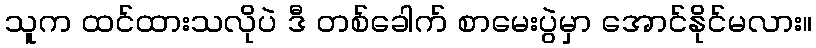
သူက ထင်ထားသလိုပဲ ဒီ တစ်ခေါက် စာမေးပွဲမှာ အောင်နိုင်မလား။